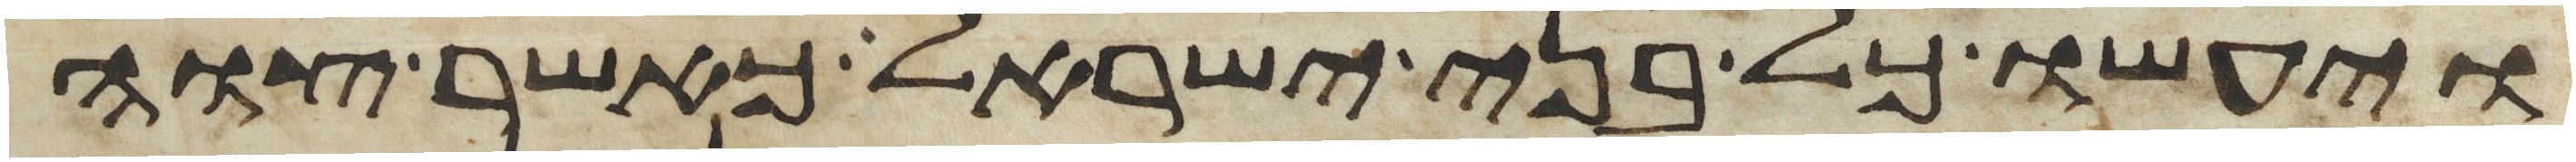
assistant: ויעשו כל בני ישראל כאשר צוה